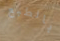
بالطبع